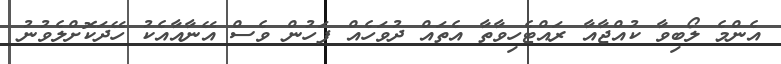
އެންމެ ލޯބިވާ ކުއްޖާއާ ރައްޓެހިވާތާ އެތައް ދުވަހެއް ފަހުން ވެސް އޭނާއާއެކު ހޭދަކޮށްލެވުނު